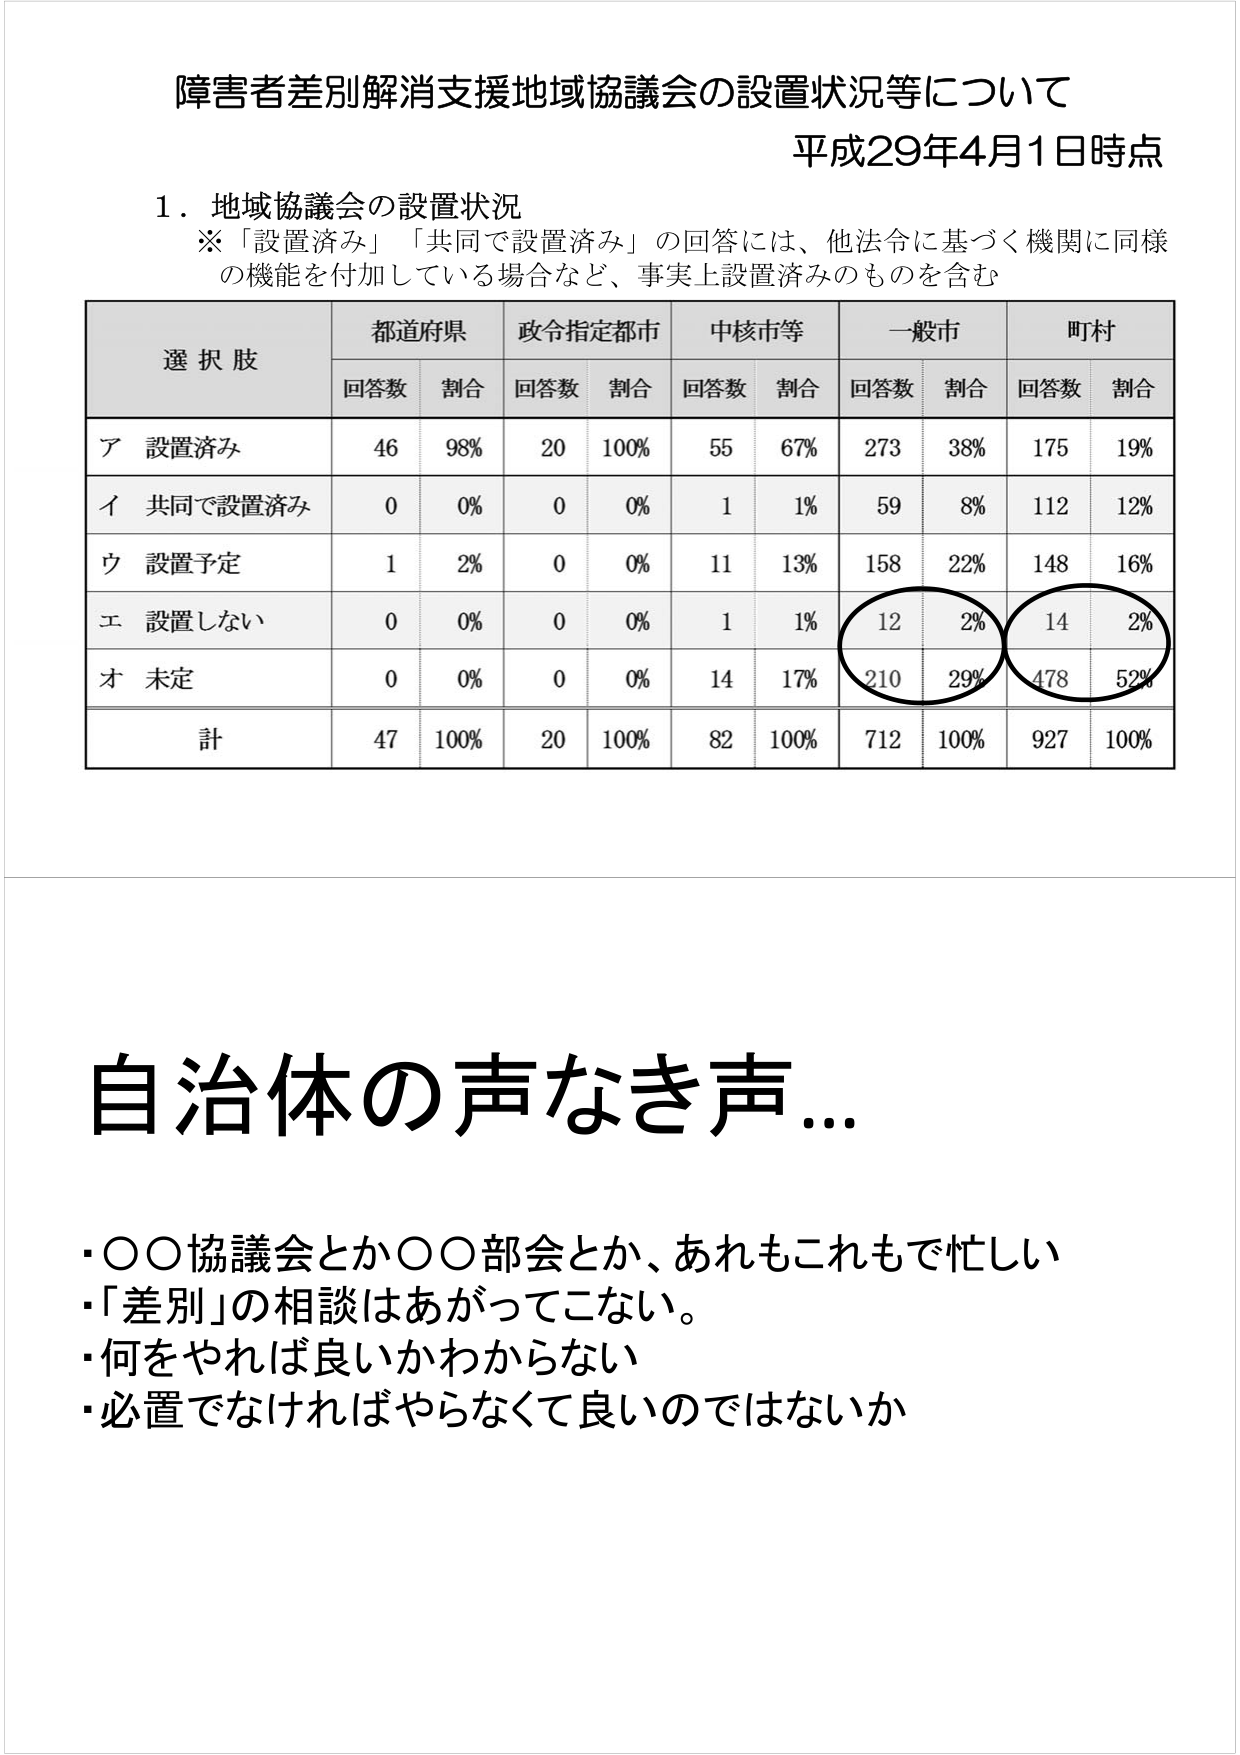
障害者差別解消支援地域協議会の設置状況等について
平成29年4月1日時点

1．地域協議会の設置状況
※「設置済み」「共同で設置済み」の回答には、他法令に基づく機関に同様の機能を付加している場合など、事実上設置済みのものを含む

選択肢　都道府県　政令指定都市　中核市等　一般市　町村
　　　　回答数　割合　回答数　割合　回答数　割合　回答数　割合　回答数　割合
ア 設置済み　46　98%　20　100%　55　67%　273　38%　175　19%
イ 共同で設置済み　0　0%　0　0%　1　1%　59　8%　112　12%
ウ 設置予定　1　2%　0　0%　11　13%　158　22%　148　16%
エ 設置しない　0　0%　0　0%　1　1%　12　2%　14　2%
オ 未定　0　0%　0　0%　14　17%　210　29%　478　52%
計　47　100%　20　100%　82　100%　712　100%　927　100%

自治体の声なき声…
・○○協議会とか○○部会とか、あれもこれもで忙しい
・「差別」の相談はあがってこない。
・何をやれば良いかわからない
・必置でなければやらなくて良いのではないか